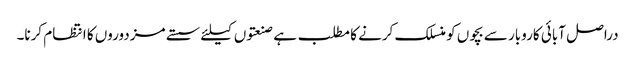
دراصل آبائی کاروبار سے بچوں کو منسلک کرنے کا مطلب ہے صنعتوں کیلئے سستے مزدوروں کا انتظام کرنا۔